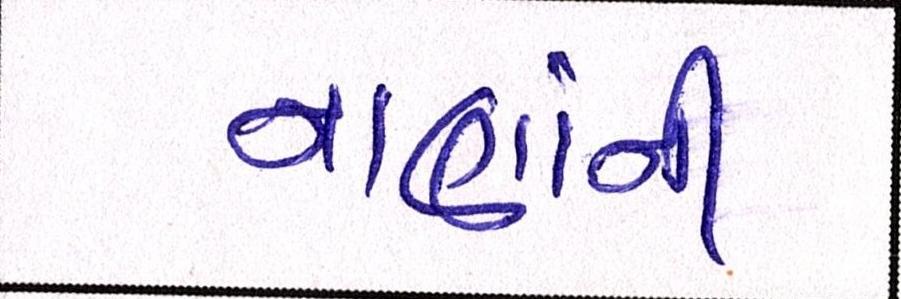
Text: નાણાંની